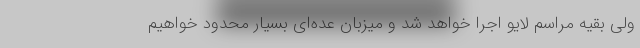
ولی بقیه مراسم لایو اجرا خواهد شد و میزبان عده‌ای بسیار محدود خواهیم